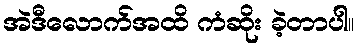
အဲဒီလောက်အထိ ကံဆိုး ခဲ့တာပါ။